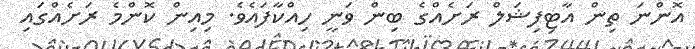
އޮންނަ ތިން އާޓިފިޝަލް ރަށެއްގެ ބިން ވަނީ ހިއްކާފައެވެ. މިއިން ކޮންމެ ރަށެއްގައި